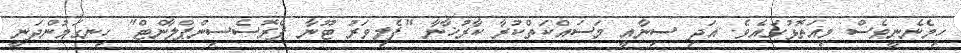
ހިމެނެނީވެސް މިއަތޮޅުގައެވެ. އަދި ސިނާއީ މަސައްކަތްކުރާ ކާރުޚާނާ "ފެލިވަރު ޓޫނާ ޕްރޮސެސިންޕްލާންޓް" ހިނގަމުންދަނީ